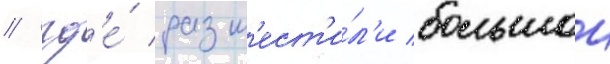
/ гд'е́ разм'ест'и́л'и большои